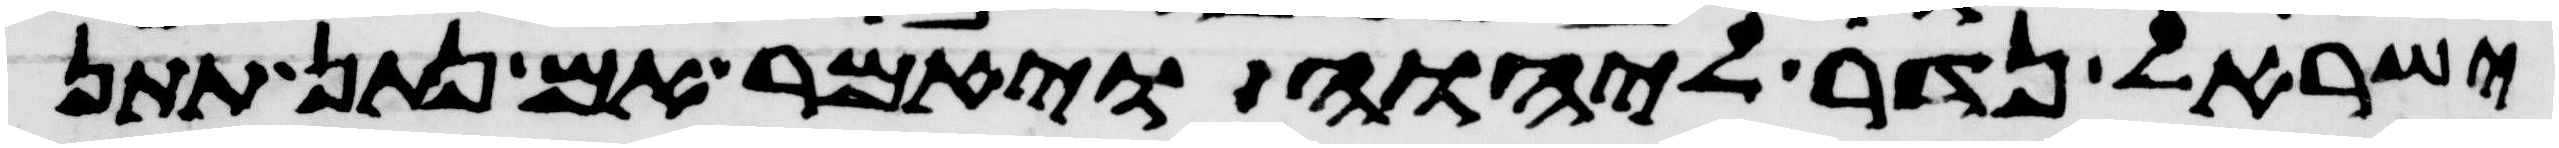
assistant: ישראל נדר ליהוה ויאמר אם נתון תתן